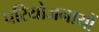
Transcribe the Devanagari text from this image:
परियोजनायों